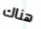
هناك